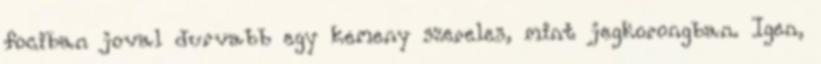
fociban joval durvabb egy kemeny szereles, mint jegkorongban. Igen,